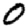
Digit: 0